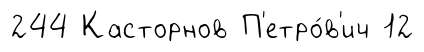
244 Касторнов П'етро́в'ич 12